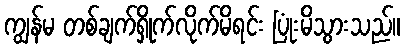
ကျွန်မ တစ်ချက်ရှိုက်လိုက်မိရင်း ပြုံးမိသွားသည်။